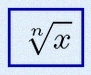
\sqrt[n]{x}